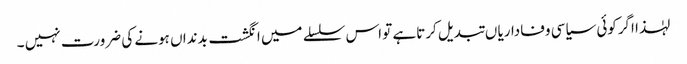
لہٰذا اگرکوئی سیاسی وفاداریا ں تبدیل کرتاہے تو اس سلسلے میں انگشت بدنداں ہونے کی ضرورت نہیں ۔